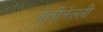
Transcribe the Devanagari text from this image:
बेत्तीनेल्ली